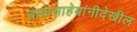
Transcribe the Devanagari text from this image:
बाबासाहेबांनीदेखील